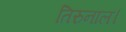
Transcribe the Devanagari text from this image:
तिरुनाल।